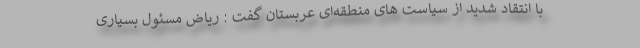
با انتقاد شدید از سیاست های منطقه‌ای عربستان گفت : ریاض مسئول بسیاری